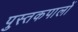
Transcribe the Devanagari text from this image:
पुस्तकपालों